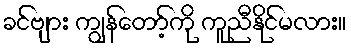
ခင်ဗျား ကျွန်တော့်ကို ကူညီနိုင်မလား။